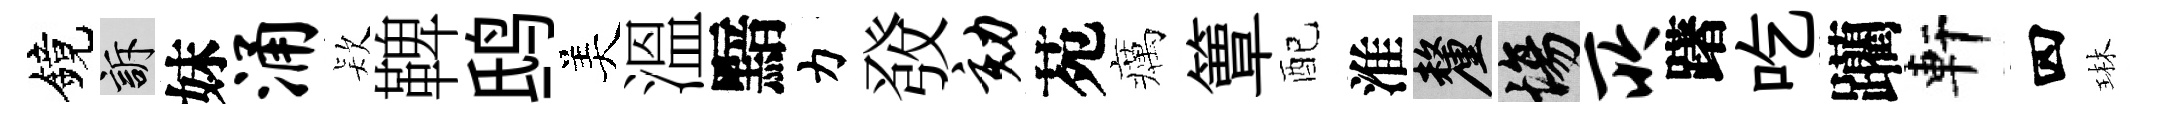
鏡訴妹涌𣣇鞞鸱美溫黯力𤼲劾苑癘簟配淮厘場所躇吃躪軒四琳